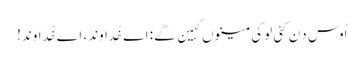
اُوس دِن کئی لوکی مینوں کہین گے: اے خُداوند، اے خُداوند!